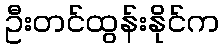
ဦးတင်ထွန်းနိုင်က